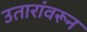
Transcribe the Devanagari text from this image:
उतारांवरून